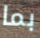
بما